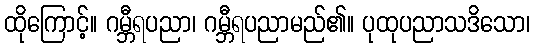
ထိုကြောင့်။ ဂမ္ဘီရပညာ၊ ဂမ္ဘီရပညာမည်၏။ ပုထုပညာသဒိသော၊